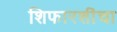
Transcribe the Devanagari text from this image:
शिफारशींचा